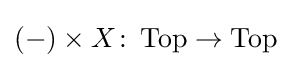
(-)\times X\colon \operatorname {Top} \to \operatorname {Top}